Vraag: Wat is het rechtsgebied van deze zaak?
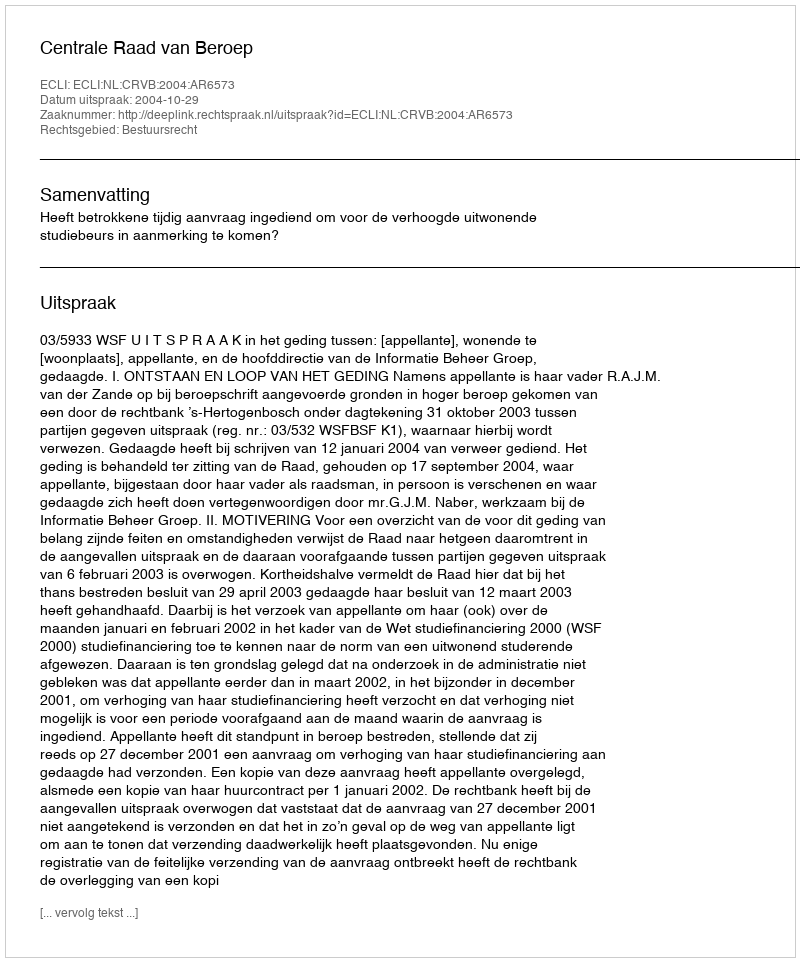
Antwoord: Bestuursrecht